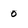
Character: 0